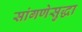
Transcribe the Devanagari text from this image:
सांगणेसुद्धा